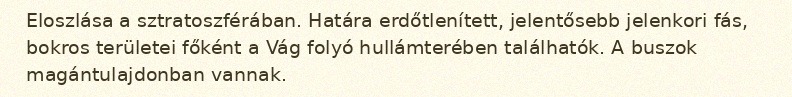
Eloszlása a sztratoszférában. Határa erdőtlenített, jelentősebb jelenkori fás, bokros területei főként a Vág folyó hullámterében találhatók. A buszok magántulajdonban vannak.